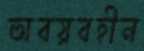
অবয়বহীন